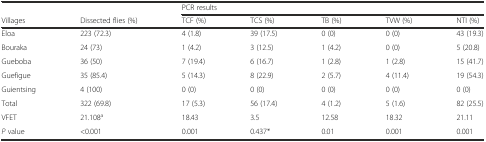
<table><thead><tr><td></td><td></td><td colspan="5"><b>PCR results</b></td></tr><tr><td><b>Villages</b></td><td><b>Dissected flies (%)</b></td><td><b>TCF (%)</b></td><td><b>TCS (%)</b></td><td><b>TB (%)</b></td><td><b>TVW (%)</b></td><td><b>NTI (%)</b></td></tr></thead><tbody><tr><td>Eloa</td><td>223 (72.3)</td><td>4 (1.8)</td><td>39 (17.5)</td><td>0 (0)</td><td>0 (0)</td><td>43 (19.3)</td></tr><tr><td>Bouraka</td><td>24 (73)</td><td>1 (4.2)</td><td>3 (12.5)</td><td>1 (4.2)</td><td>0 (0)</td><td>5 (20.8)</td></tr><tr><td>Gueboba</td><td>36 (50)</td><td>7 (19.4)</td><td>6 (16.7)</td><td>1 (2.8)</td><td>1 (2.8)</td><td>15 (41.7)</td></tr><tr><td>Guefigue</td><td>35 (85.4)</td><td>5 (14.3)</td><td>8 (22.9)</td><td>2 (5.7)</td><td>4 (11.4)</td><td>19 (54.3)</td></tr><tr><td>Guientsing</td><td>4 (100)</td><td>0 (0)</td><td>0 (0)</td><td>0 (0)</td><td>0 (0)</td><td>0 (0)</td></tr><tr><td>Total</td><td>322 (69.8)</td><td>17 (5.3)</td><td>56 (17.4)</td><td>4 (1.2)</td><td>5 (1.6)</td><td>82 (25.5)</td></tr><tr><td>VFET</td><td>21.108<sup>a</sup></td><td>18.43</td><td>3.5</td><td>12.58</td><td>18.32</td><td>21.11</td></tr><tr><td><i>P</i> value</td><td>&lt;0.001</td><td>0.001</td><td>0.437*</td><td>0.01</td><td>0.001</td><td>0.001</td></tr></tbody></table>